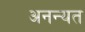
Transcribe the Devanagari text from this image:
अनन्यत